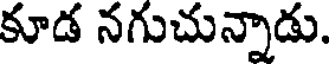
కూడ నగుచున్నాడు.